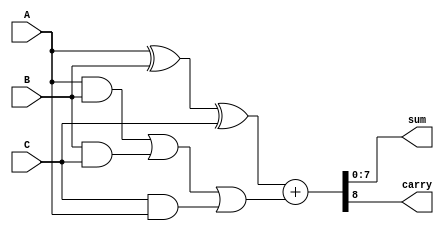
module carry_save_adder (
    input  [7:0] A,    // First operand
    input  [7:0] B,    // Second operand
    input  [7:0] C,    // Third operand
    output [7:0] sum,  // Final sum output
    output carry       // Final carry output
);

// Function to perform Carry Save Addition for three inputs
function [15:0] csa_3input;
    input [7:0] x, y, z;
    begin
        // Calculate partial sum and carry
        csa_3input[7:0] = x ^ y ^ z;             // Partial sum
        csa_3input[15:8] = (x & y) | (y & z) | (z & x); // Carry
    end
endfunction

// Intermediate signals for CSA outputs
wire [7:0] partial_sum1, partial_sum2;
wire [7:0] carry1, carry2;

// First stage of CSA
wire [15:0] csa_output1 = csa_3input(A, B, C);
assign partial_sum1 = csa_output1[7:0];
assign carry1 = csa_output1[15:8];

// Assume we can add more stages if needed
// For demonstration, we'll just use the first stage output
// In a full implementation, you would continue to feed partial sums and carries into additional CSA stages

// Second stage (if needed) - Example of adding a fourth operand
// You can repeat the CSA process for more operands in a tree structure
// Here we're just showing the final addition of the first stage outputs
// Final addition to compute the result
assign {carry, sum} = partial_sum1 + carry1; // Final carry propagation

endmodule